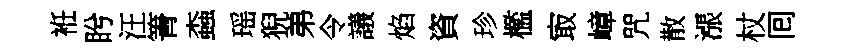
袵盻汪箐螙瑶猊弟令議焰資珍檻㝡嶂咒散漲杖囘